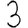
Digit: 3